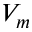
V _ { m }